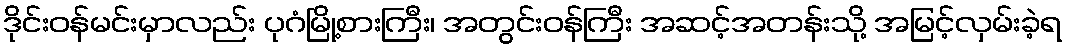
ဒိုင်းဝန်မင်းမှာလည်း ပုဂံမြို့စားကြီး၊ အတွင်းဝန်ကြီး အဆင့်အတန်းသို့ အမြင့်လှမ်းခဲ့ရ